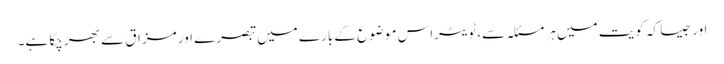
اور جیسا کہ کویت میں ہر مسئلہ سے،ٹویٹراس موضوع کے بارے میں تبصرے اور مزاق سے بھر چکا ہے۔